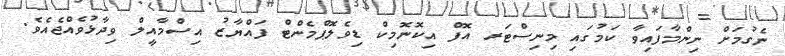
ނެގުމަށް ނިންމާފައިވާ ކަމުގައި މިނިސްޓަރ އޮފް އިކޮނޮމިކް ޑިވެލޮޕްމެންޓް ފައްޔާޒު އިސްމާއީލް ވިދާޅުވެއްޖެއެވެ.